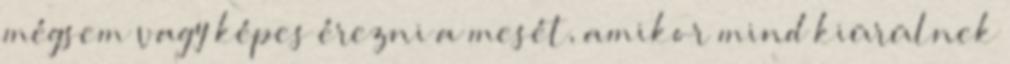
mégsem vagy képes érezni a mesét, amikor mind kiürülnek